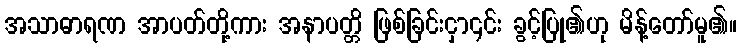
အသာဓာရဏ အာပတ်တို့ကား အနာပတ္တိ ဖြစ်ခြင်းငှာ၎င်း ခွင့်ပြု၏ဟု မိန့်တော်မူ၏။